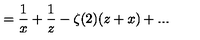
= { \frac { 1 } { x } } + { \frac { 1 } { z } } - \zeta ( 2 ) ( z + x ) + . . .